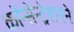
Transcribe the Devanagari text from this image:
कॉन्सेन्ट्रेशनने